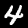
Digit: 4